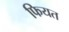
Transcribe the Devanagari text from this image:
फियत